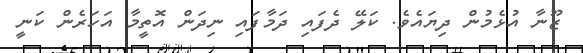
ޒޫނާ އުޅެމުން ދިޔައެވެ. ކަލޭ ދެފައި ދަމާފައި ނިދަން އޮތީމާ އަހަރެން ކަނީ